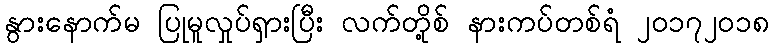
နွားနောက်မ ပြုမူလှုပ်ရှားပြီး လက်တို့စ် နားကပ်တစ်ရံ ၂၀၁၇၂၀၁၈